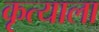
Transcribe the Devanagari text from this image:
कृत्याला